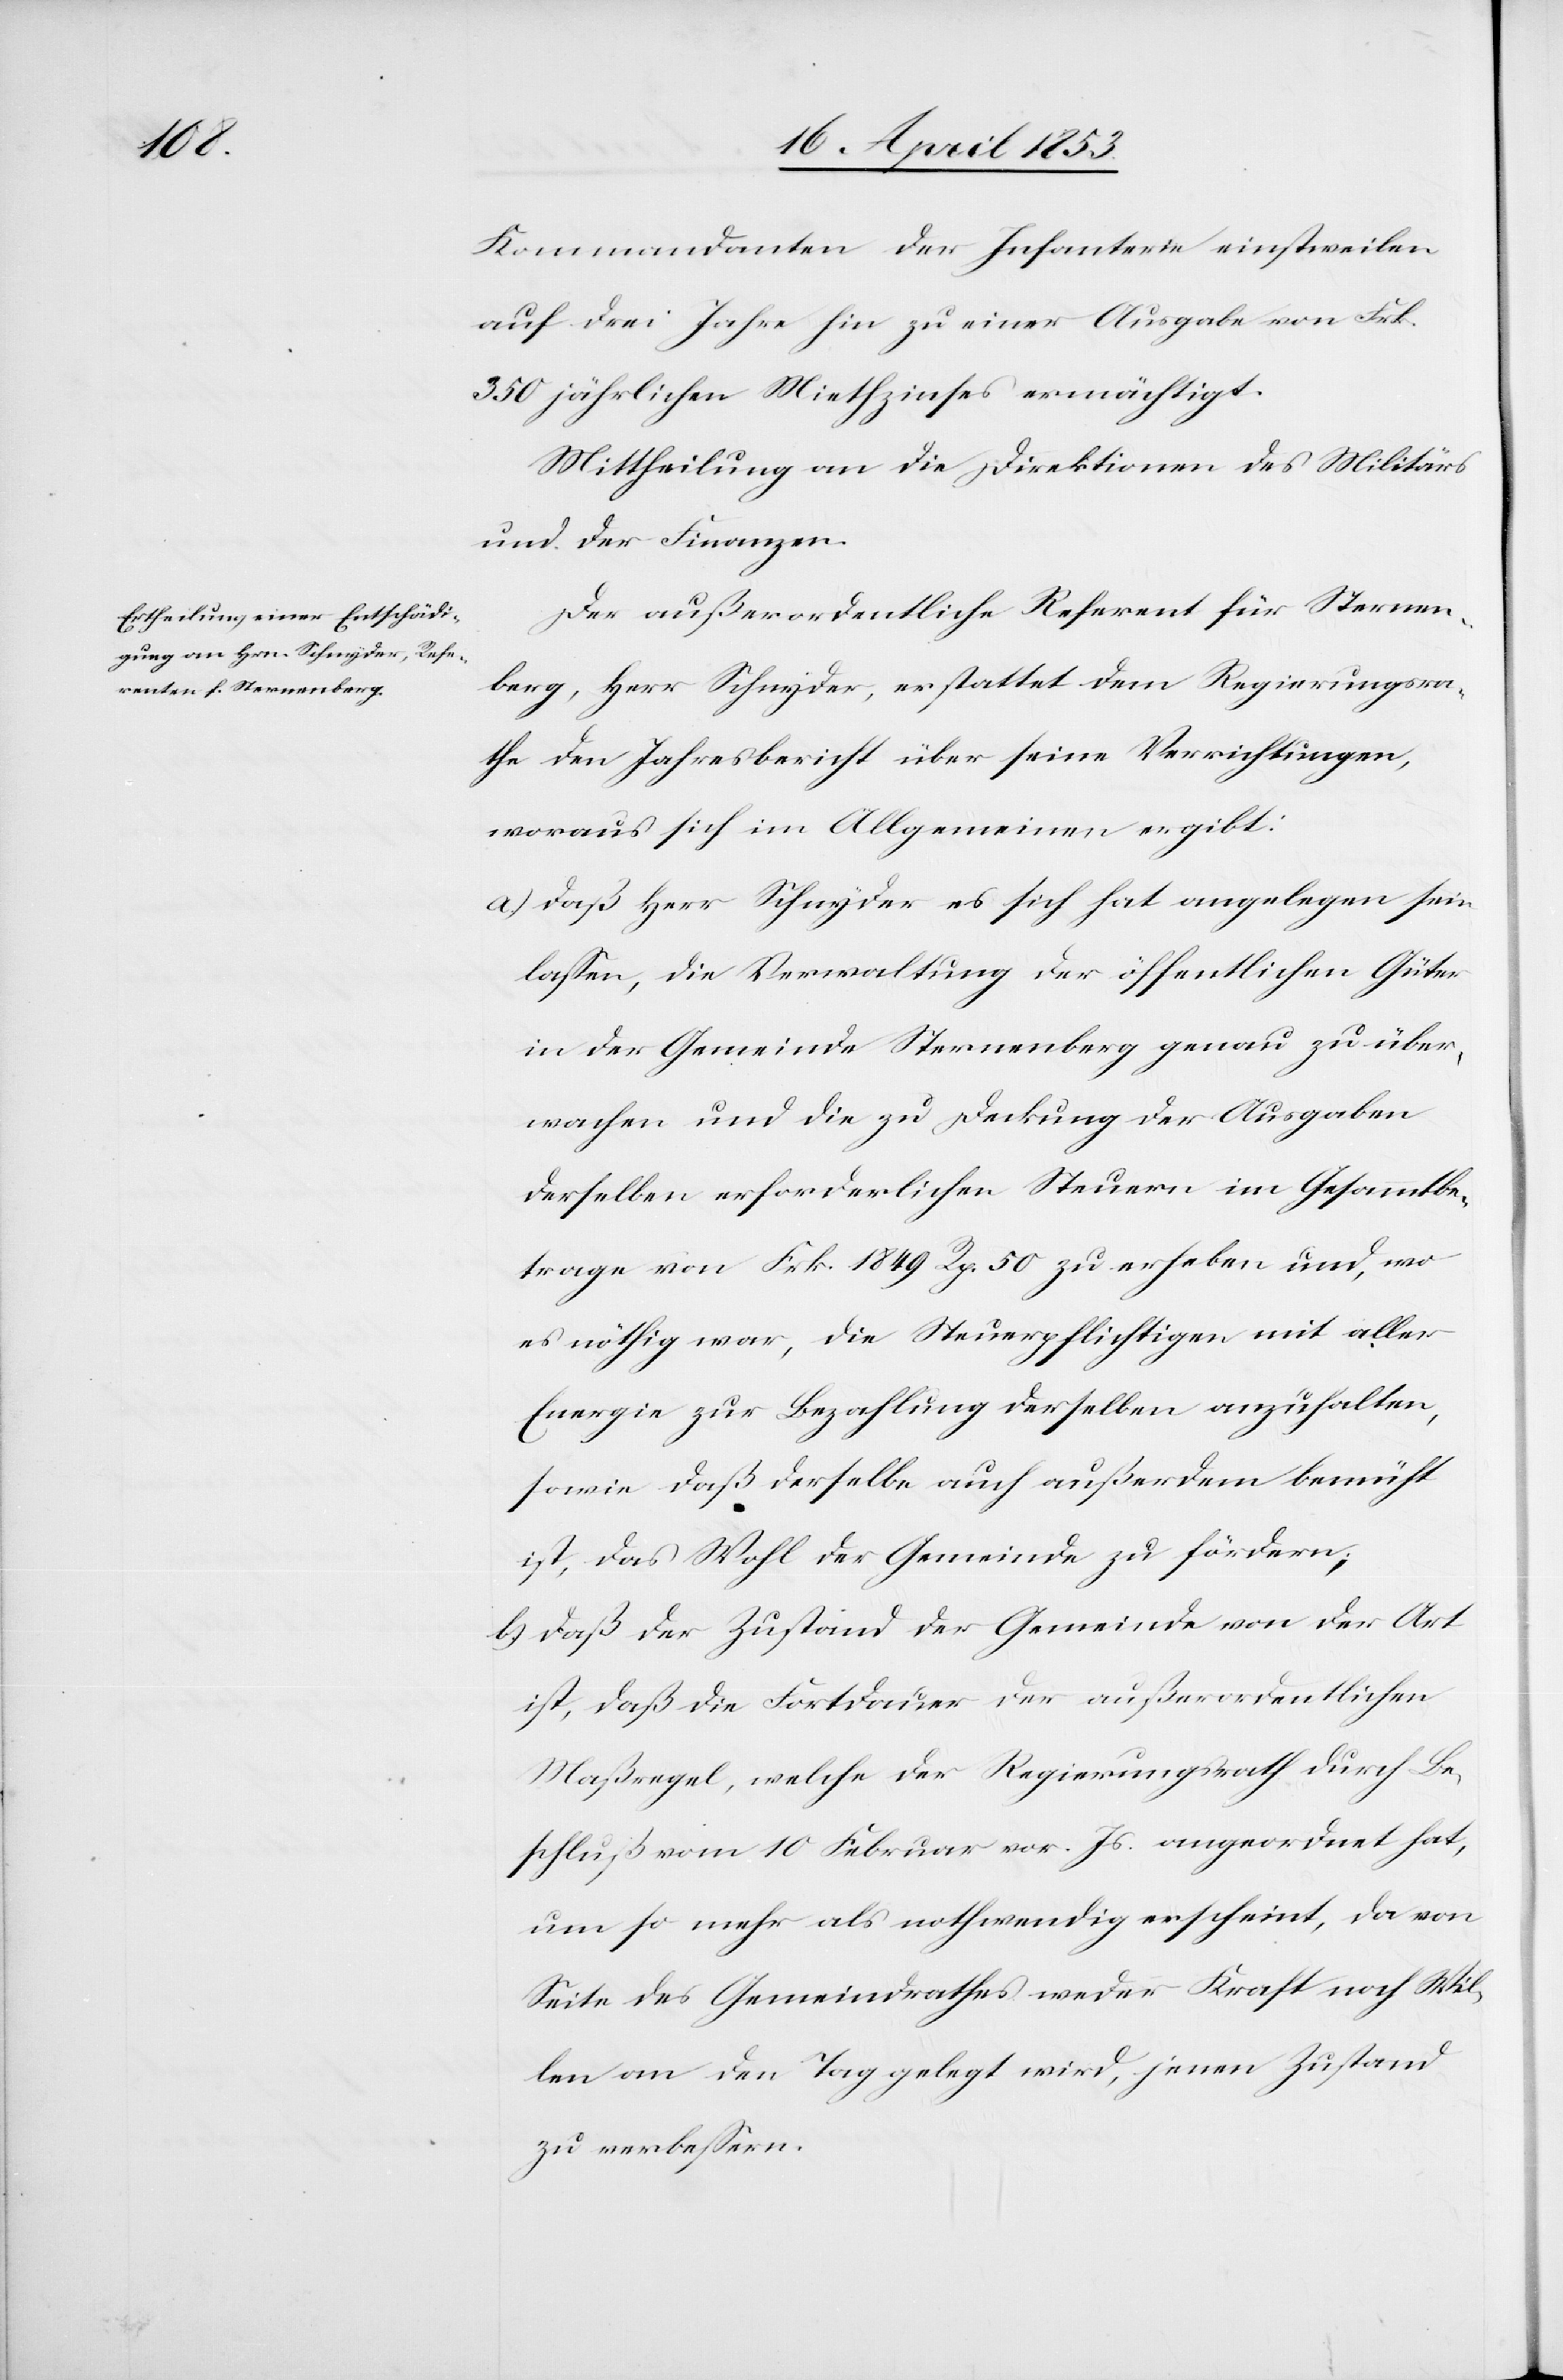
Kommandanten der Infanterie einstweilen
auf drei Jahre hin zu einer Ausgabe von Frk.
350 jährlichen Miethzins ermächtigt.
Mittheilung an die Direktion des Militärs
und der Finanzen.
Der außerordentliche Referent für Sternen¬
berg, Herr Schnyder, erstattet dem Regierungsra¬
the den Jahresbericht über seine Verrichtungen,
woraus sich im Allgemeinen ergibt:
a.) Daß Herr Schnyder es sich hat angelegen sein
laßen, die Verwaltung der öffentlichen Güter
in der Gemeinde Sternenberg genau zu über¬
wachen und die zu Deckung der Ausgaben
derselben erforderlichen Steuern im Gesamtbe¬
trage von Frk. 1849 Rp. 50 zu erheben und, wo
es nöthig war, die Steuerpflichtigen mit aller
Energie zur Bezahlung derselben anzuhalten,
sowie daß derselbe auch außerdem bemüht
ist, das Wohl der Gemeinde zu fördern;
b) Daß der Zustand der Gemeinde von der Art,
ist, daß die Fortdauer der außerordentlichen
Maßregel, welche der Regierungsrath durch Be¬
schluß vom 10 Februar vor. Js. angeordnet hat,
um so mehr als nothwendig erscheint, da von
Seite des Gemeindrathes weder Kraft noch Wil¬
len an den Tag gelegt wird, jenen Zustand
zu verbeßern.